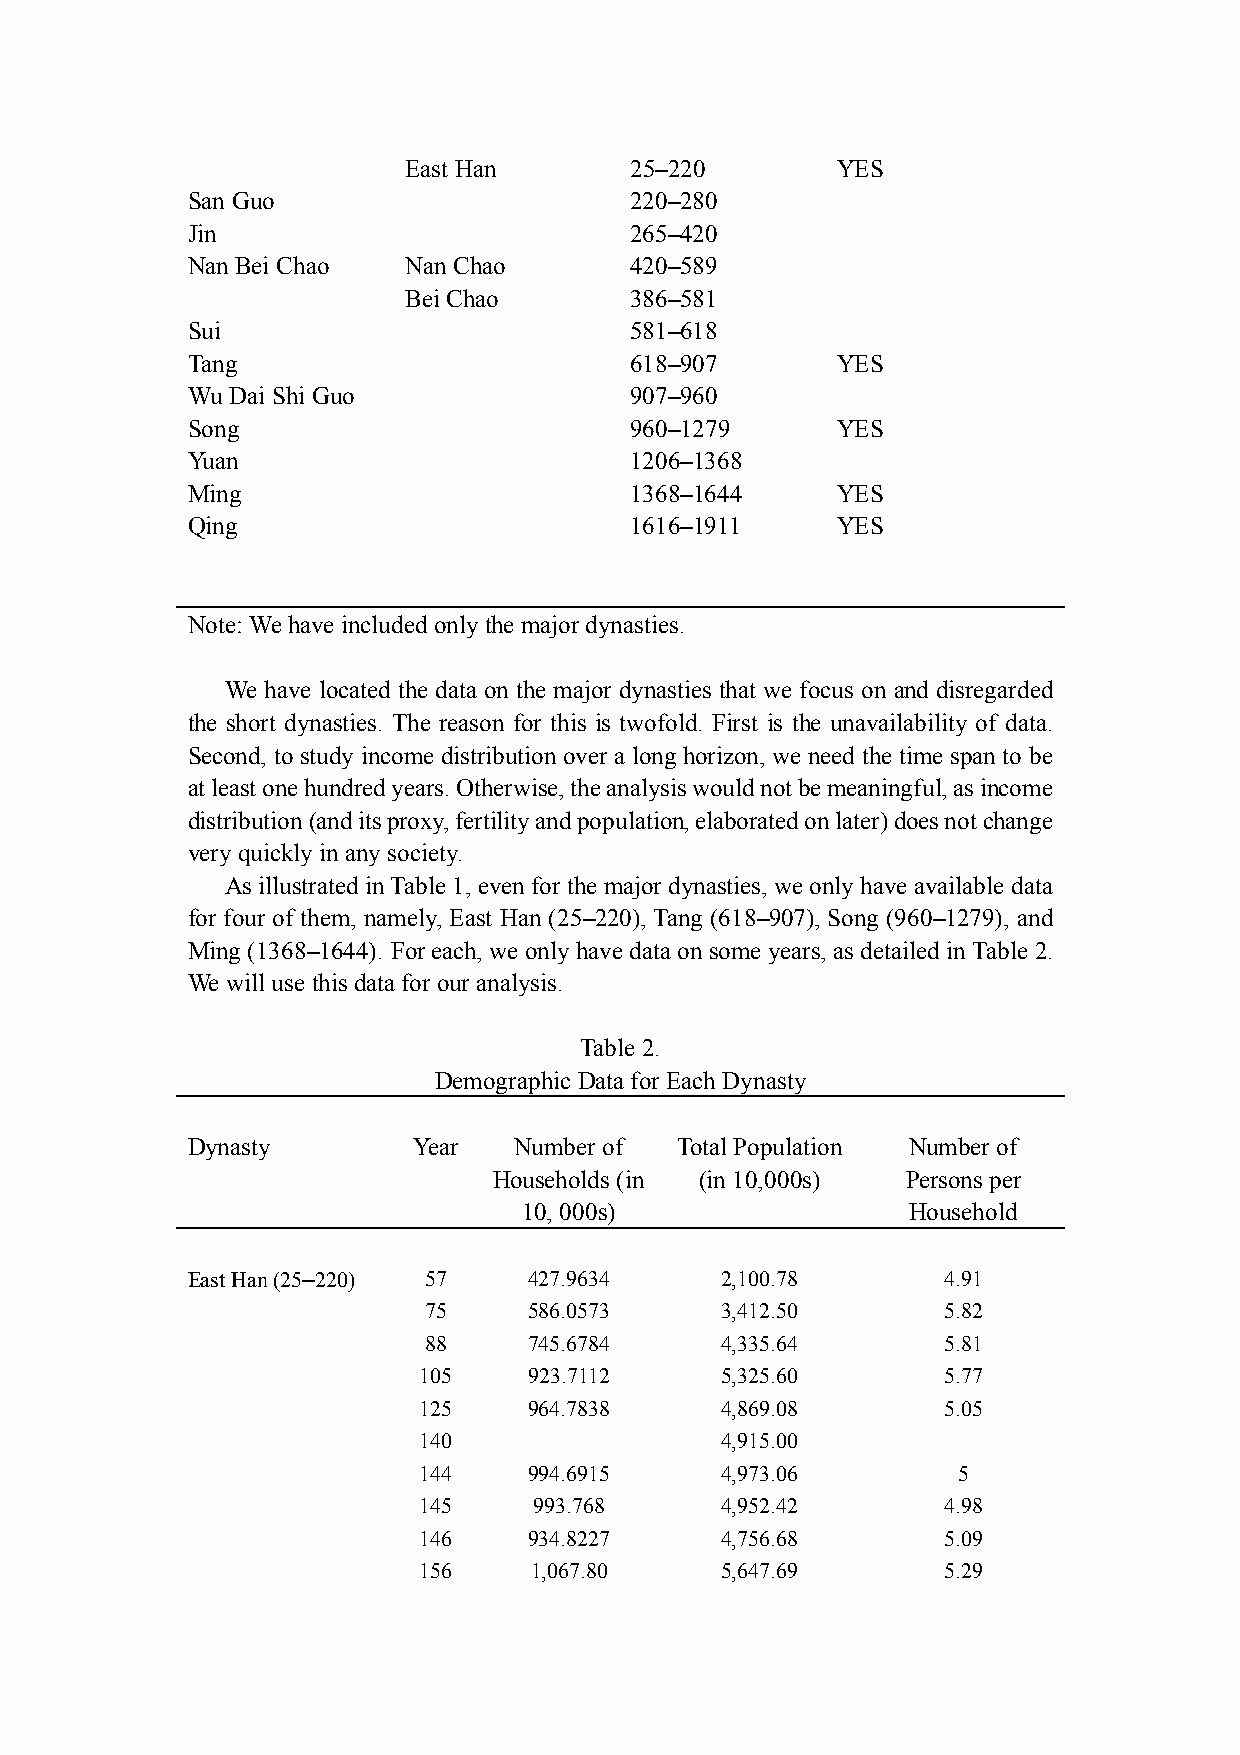
East Han       25–220       YES
 San Guo                       220–280
 Jin                           265–420
 Nan Bei Chao   Nan Chao       420–589
 Bei Chao       386–581
 Sui                           581–618
 Tang                          618–907      YES
 Wu Dai Shi Guo                907–960
 Song                          960–1279     YES
 Yuan                          1206–1368
 Ming                          1368–1644    YES
 Qing                          1616–1911    YES
 Note: We have included only the major dynasties.
 We have located the data on the major dynasties that we focus on and disregarded
 the short dynasties. The reason for this is twofold. First is the unavailability of data.
 Second, to study income distribution over a long horizon, we need the time span to be
 at least one hundred years. Otherwise, the analysis would not be meaningful, as income
 distribution (and its proxy, fertility and population, elaborated on later) does not change
 very quickly in any society.
 As illustrated in Table 1, even for the major dynasties, we only have available data
 for four of them, namely, East Han (25–220), Tang (618–907), Song (960–1279), and
 Ming (1368–1644). For each, we only have data on some years, as detailed in Table 2.
 We will use this data for our analysis.
 Table 2.
 Demographic Data for Each Dynasty
 Dynasty        Year   Number of  Total Population Number of
 Households (in (in 10,000s) Persons per
 10, 000s)                Household
 East Han (25–220) 57   427.9634     2,100.78      4.91
 75     586.0573     3,412.50      5.82
 88     745.6784     4,335.64      5.81
 105    923.7112     5,325.60      5.77
 125    964.7838     4,869.08      5.05
 140                 4,915.00
 144    994.6915     4,973.06       5
 145    993.768      4,952.42      4.98
 146    934.8227     4,756.68      5.09
 156    1,067.80     5,647.69      5.29